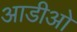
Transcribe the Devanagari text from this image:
आडीओ